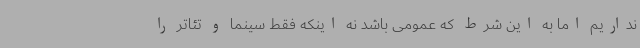
نداریم اما به این شرط که عمومی باشد نه اینکه فقط سینما و تئاتر را